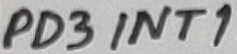
Text: PD3INT1